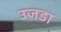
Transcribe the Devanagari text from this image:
उजडा